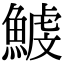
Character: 鰬